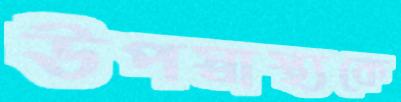
উপস্বাস্থ্যকে